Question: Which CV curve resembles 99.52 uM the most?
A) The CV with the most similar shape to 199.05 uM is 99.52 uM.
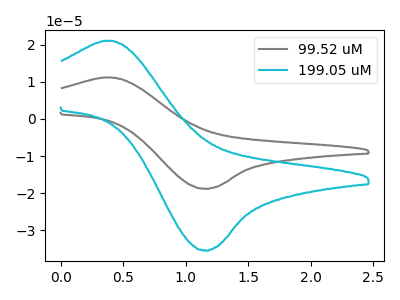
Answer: <think>The gray curve "99.52 uM" has an anodic peak at (0.35V, 11.15uA) and a cathodic peak at (1.15V, -18.75uA). The cyan curve "199.05 uM" has an anodic peak at (0.35V, 21.05uA) and a cathodic peak at (1.15V, -35.35uA).
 All the peaks in "99.52 uM" have a peak in "199.05 uM" at the same potential. Every peak in "99.52 uM" is lower than every peak in "199.05 uM".</think>
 <answer>A) The CV with the most similar shape to "199.05 uM" is "99.52 uM".</answer>
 <eval>A</eval>